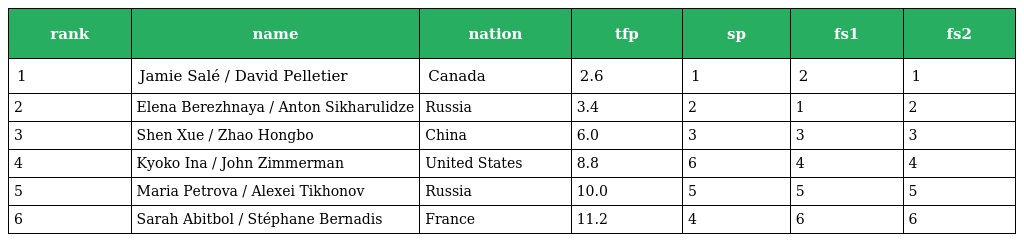
| rank | name | nation | tfp | sp | fs1 | fs2 |
 | --- | --- | --- | --- | --- | --- | --- |
 | 1 | Jamie Salé / David Pelletier | Canada | 2.6 | 1 | 2 | 1 |
 | 2 | Elena Berezhnaya / Anton Sikharulidze | Russia | 3.4 | 2 | 1 | 2 |
 | 3 | Shen Xue / Zhao Hongbo | China | 6.0 | 3 | 3 | 3 |
 | 4 | Kyoko Ina / John Zimmerman | United States | 8.8 | 6 | 4 | 4 |
 | 5 | Maria Petrova / Alexei Tikhonov | Russia | 10.0 | 5 | 5 | 5 |
 | 6 | Sarah Abitbol / Stéphane Bernadis | France | 11.2 | 4 | 6 | 6 |